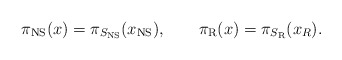
\begin{align*}\pi_{\rm NS}(x)=\pi_{S_{\rm NS}}(x_{\rm NS}),\qquad\pi_{\rm R}(x)=\pi_{S_{\rm R}}(x_R).\end{align*}